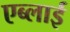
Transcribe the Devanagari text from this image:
एब्लाई